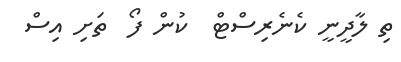
ތި ލާދީނީ ކެނެރިސްޓް  ކުން ފޯ  ތަށި އިސް